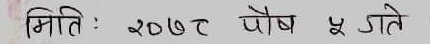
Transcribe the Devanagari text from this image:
मिति : २०७८ पौष ५ गते